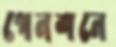
পেনশনে